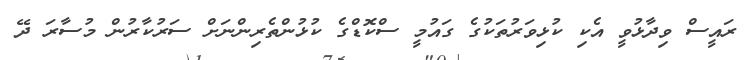
ރައީސް ވިދާޅުވީ އެކި ކުޅިވަރުތަކުގެ ގައުމީ ސްކޮޑްގެ ކުޅުންތެރިންނަށް ސަރުކާރުން މުސާރަ ދޭ